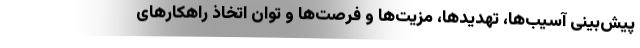
پیش‌بینی آسیب‌ها، تهدیدها، مزیت‌ها و فرصت‌ها و توان اتخاذ راهکارهای